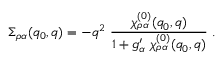
\Sigma _ { \rho \alpha } ( q _ { 0 } , q ) = - q ^ { 2 } \ \frac { \chi _ { \rho \alpha } ^ { ( 0 ) } ( q _ { 0 } , q ) } { 1 + g _ { \alpha } ^ { \prime } \ \chi _ { \rho \alpha } ^ { ( 0 ) } ( q _ { 0 } , q ) } \ .